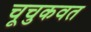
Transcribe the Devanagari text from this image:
चूचुकवत